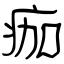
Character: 痂